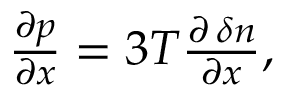
\begin{array} { r } { \frac { \partial p } { \partial x } = 3 T \frac { \partial \, \delta n } { \partial x } , } \end{array}